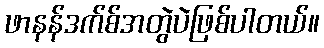
ဖာနန်ဒက်စ်အတွဲပဲဖြစ်ပါတယ်။